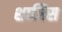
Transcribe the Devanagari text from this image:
शाजिस